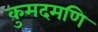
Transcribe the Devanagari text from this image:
कुमदमणि